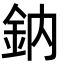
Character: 鈉